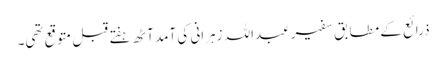
ذرائع کے مطابق سفیر عبداللہ زہرانی کی آمد آٹھ ہفتے قبل متوقع تھی۔